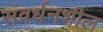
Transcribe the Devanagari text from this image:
संवर्धनशील